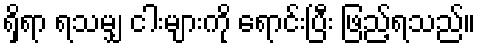
ရှိရာ ရသမျှ ငါးများကို ရောင်းပြီး ဖြည့်ရသည်။